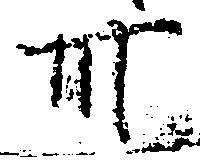
卅